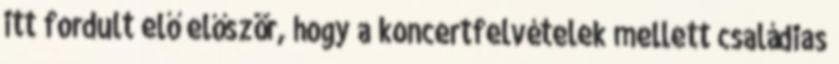
itt fordult elő először, hogy a koncertfelvételek mellett családias